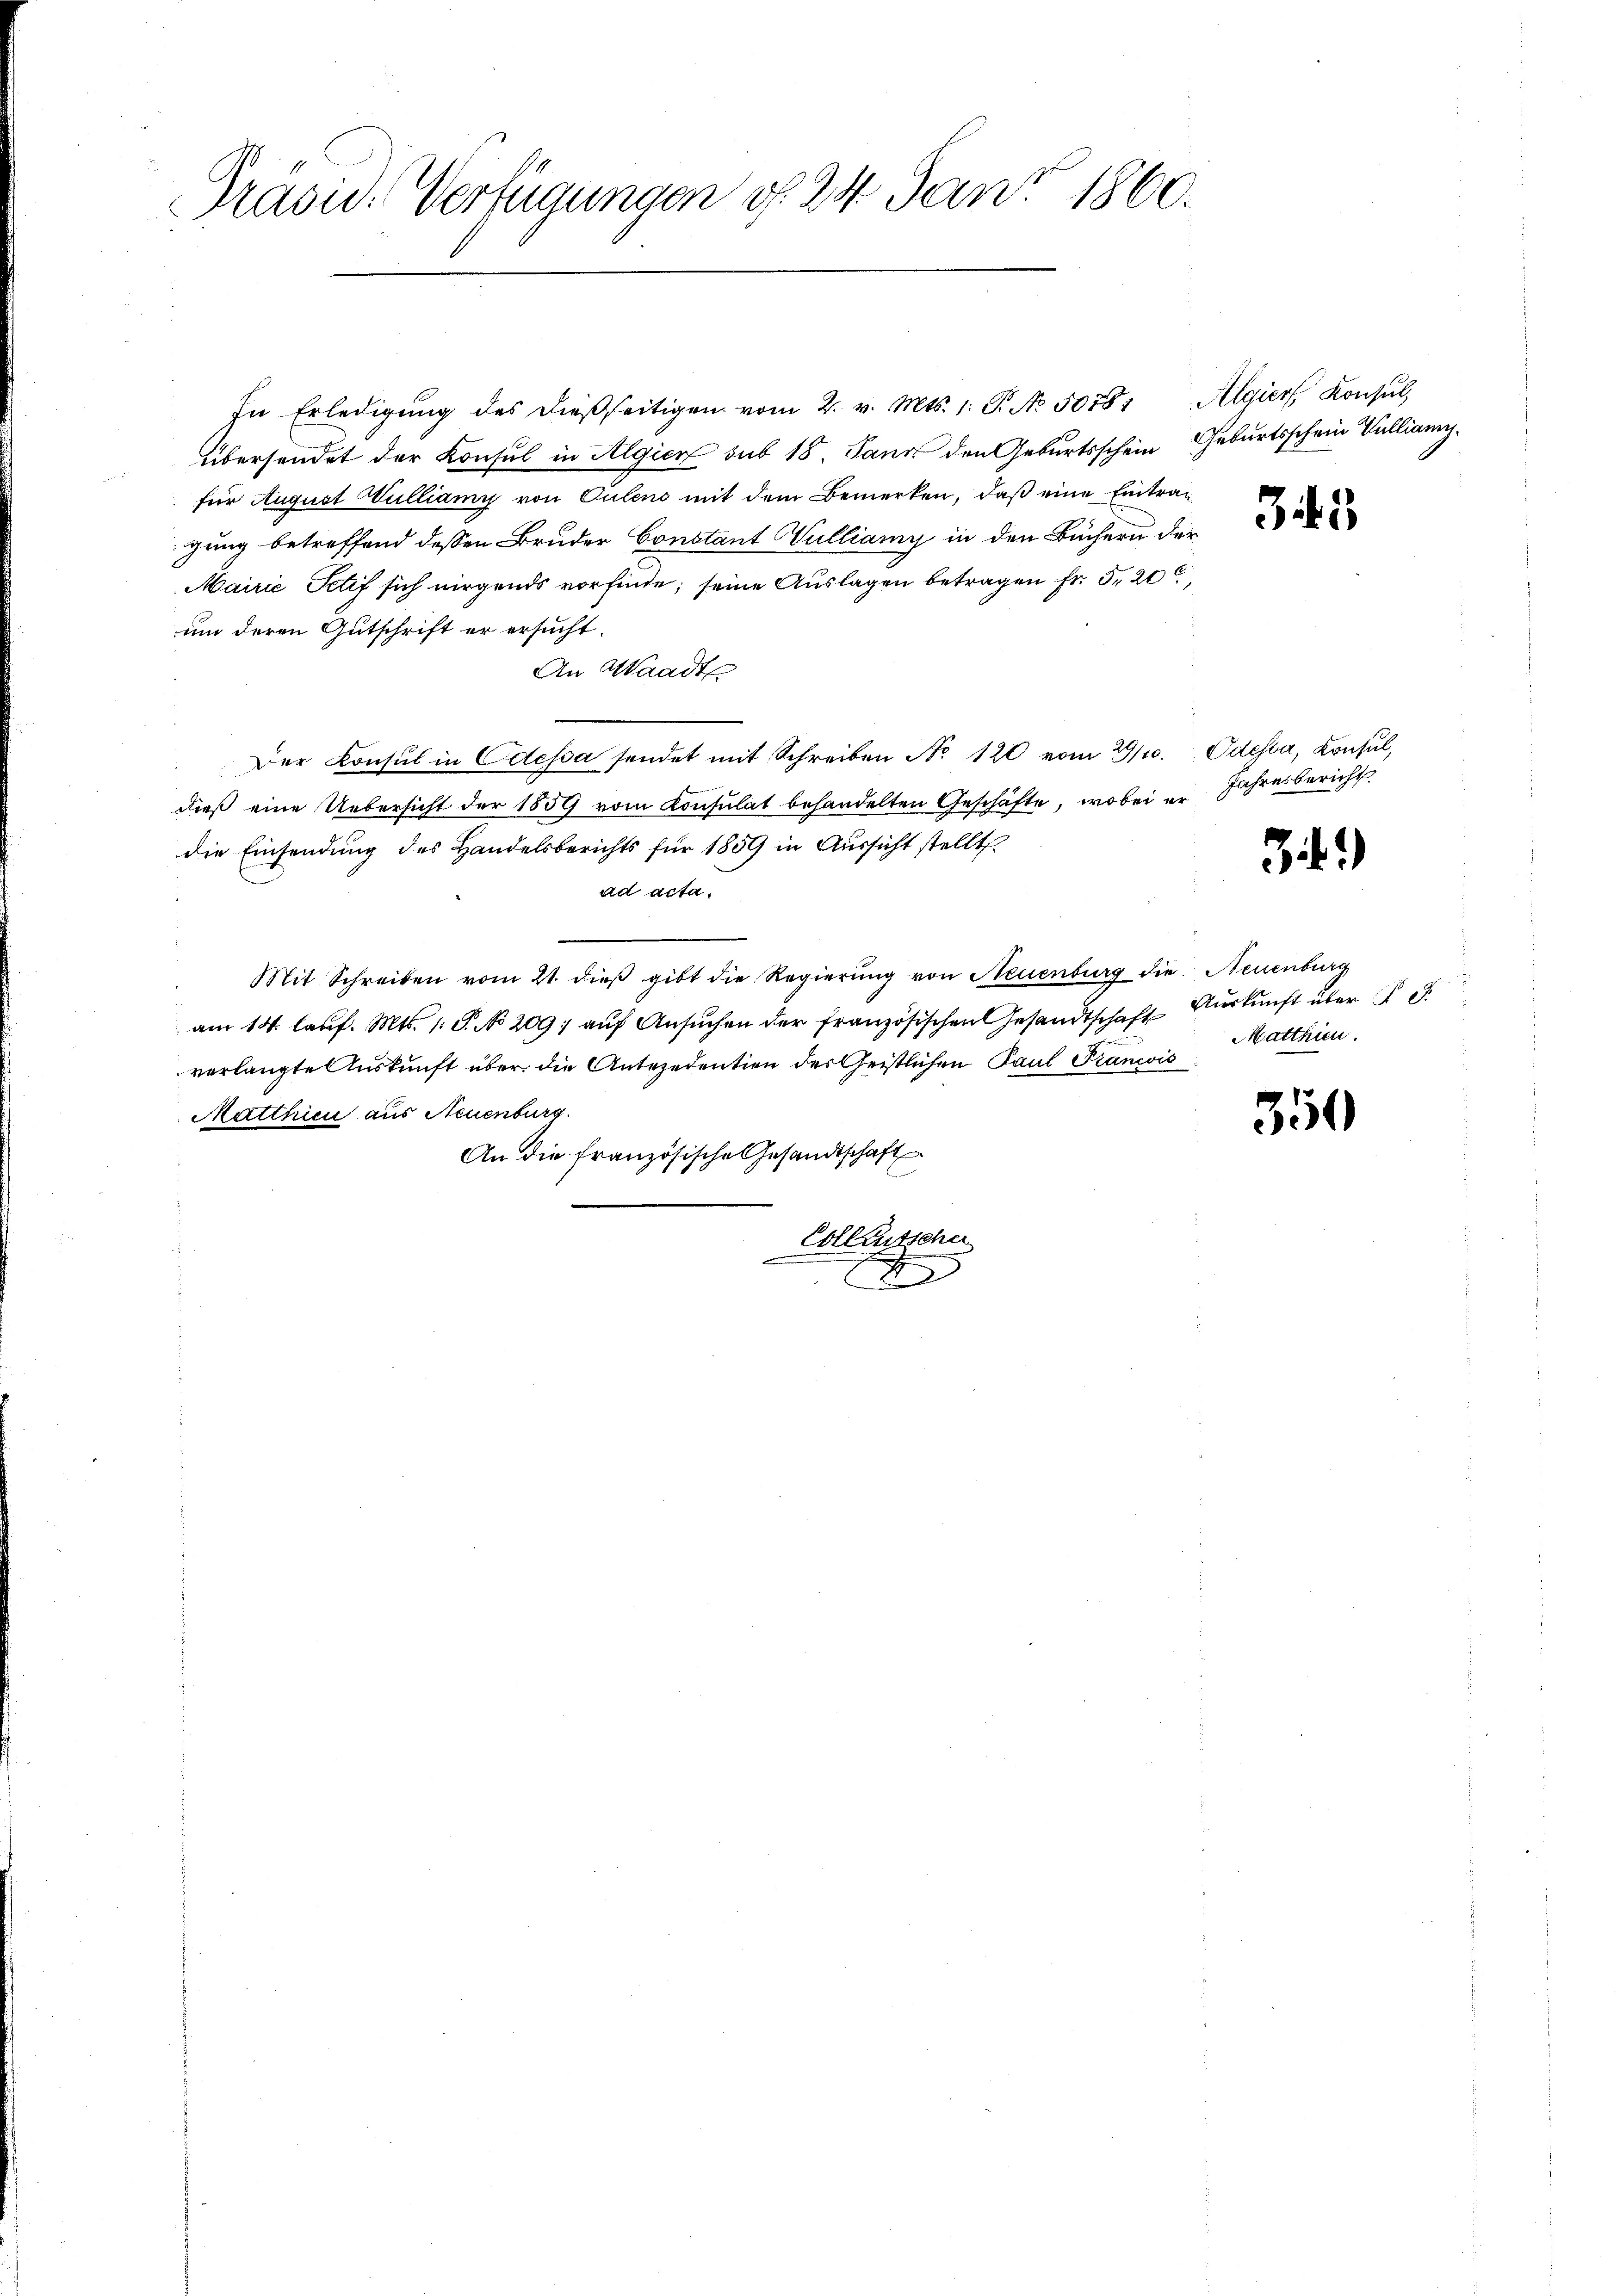
Präsid. Verfügungen d. 24 Jan. 1860.

In Erledigŭng des dießseitigen vom 2. v. Mts. 1. P. No. 50781 Algier Konsul,
übersendet der Konsul in Algier sub 18. Jann den Geburtsschein Geburtsschein Tullianz.

für August Wulliamy von Culeno mit dem Bemerken, daß eine Eintrag
gung betreffend dessen Bruder Constant ulliamy in den Büchern der
Mairić Pctif sich nirgends vorfinde; seine Auslagen betragen Fr. 320
um deren Gutschrift er ersucht.
An Waadt
Der Konsul in Odessa sendet mit Schreiben No 120 vom 29/10. Odessa, Konsul,
dieß eine Uebersicht der 1859 vom Consulat behandelten Geschäfte, wobei er Jahresbericht
die Einsendung des Handelsberichts für 1859 in Aussicht stellt.
ad acta.
Mit Schreiben vom 21. dieβ gibt die Regierŭng von Neuenburg die Neuenburg
am 14. laŭf. Mts. 1. P. No 209; aŭf Ansŭchen der französischen Gesandtschaft Auskunft über
verlangte Auskunft über die Antezedention der Geistlichen Paul Francis
Matthici aus Neuenburg
An die französische Gesandtschaft
Collausscher
2

5

34)

Matthien.

350